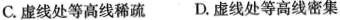
C.虚线处等高线稀疏 D.虚线处等高线密集